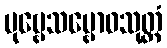
ပုဗ္ဗေသမ္ဗောဓသုတ္တံ